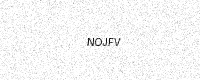
Text: NOJFV